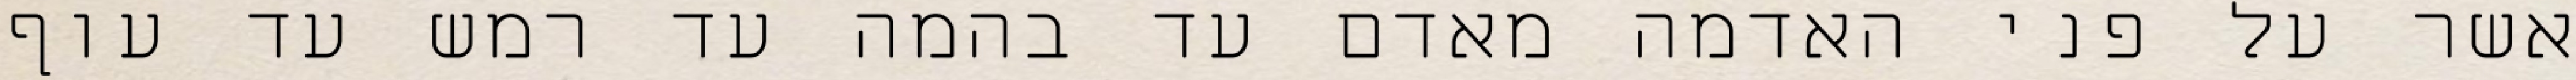
אשר על פני האדמה מאדם עד בהמה עד רמש עד עוף